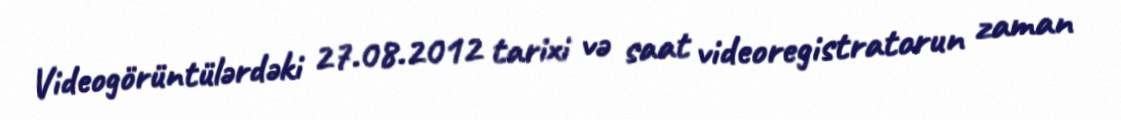
Videogörüntülərdəki 27.08.2012 tarixi və saat videoregistratorun zaman